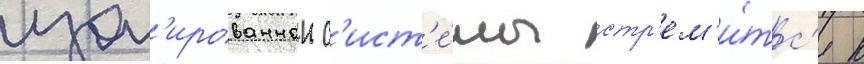
изол'ированнои с'ист'е́мы стр'ем'и́тс'я к